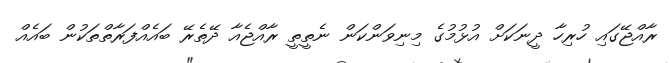
ރާއްޖޭގައި ހުރިހާ ދީނަކަށް އުޅުމުގެ މިނިވަންކަން ނެތީތީ ރާއްޖެއާ ދޭތެރޭ ބައެއްފަރާތްތަކުން ބައެއް